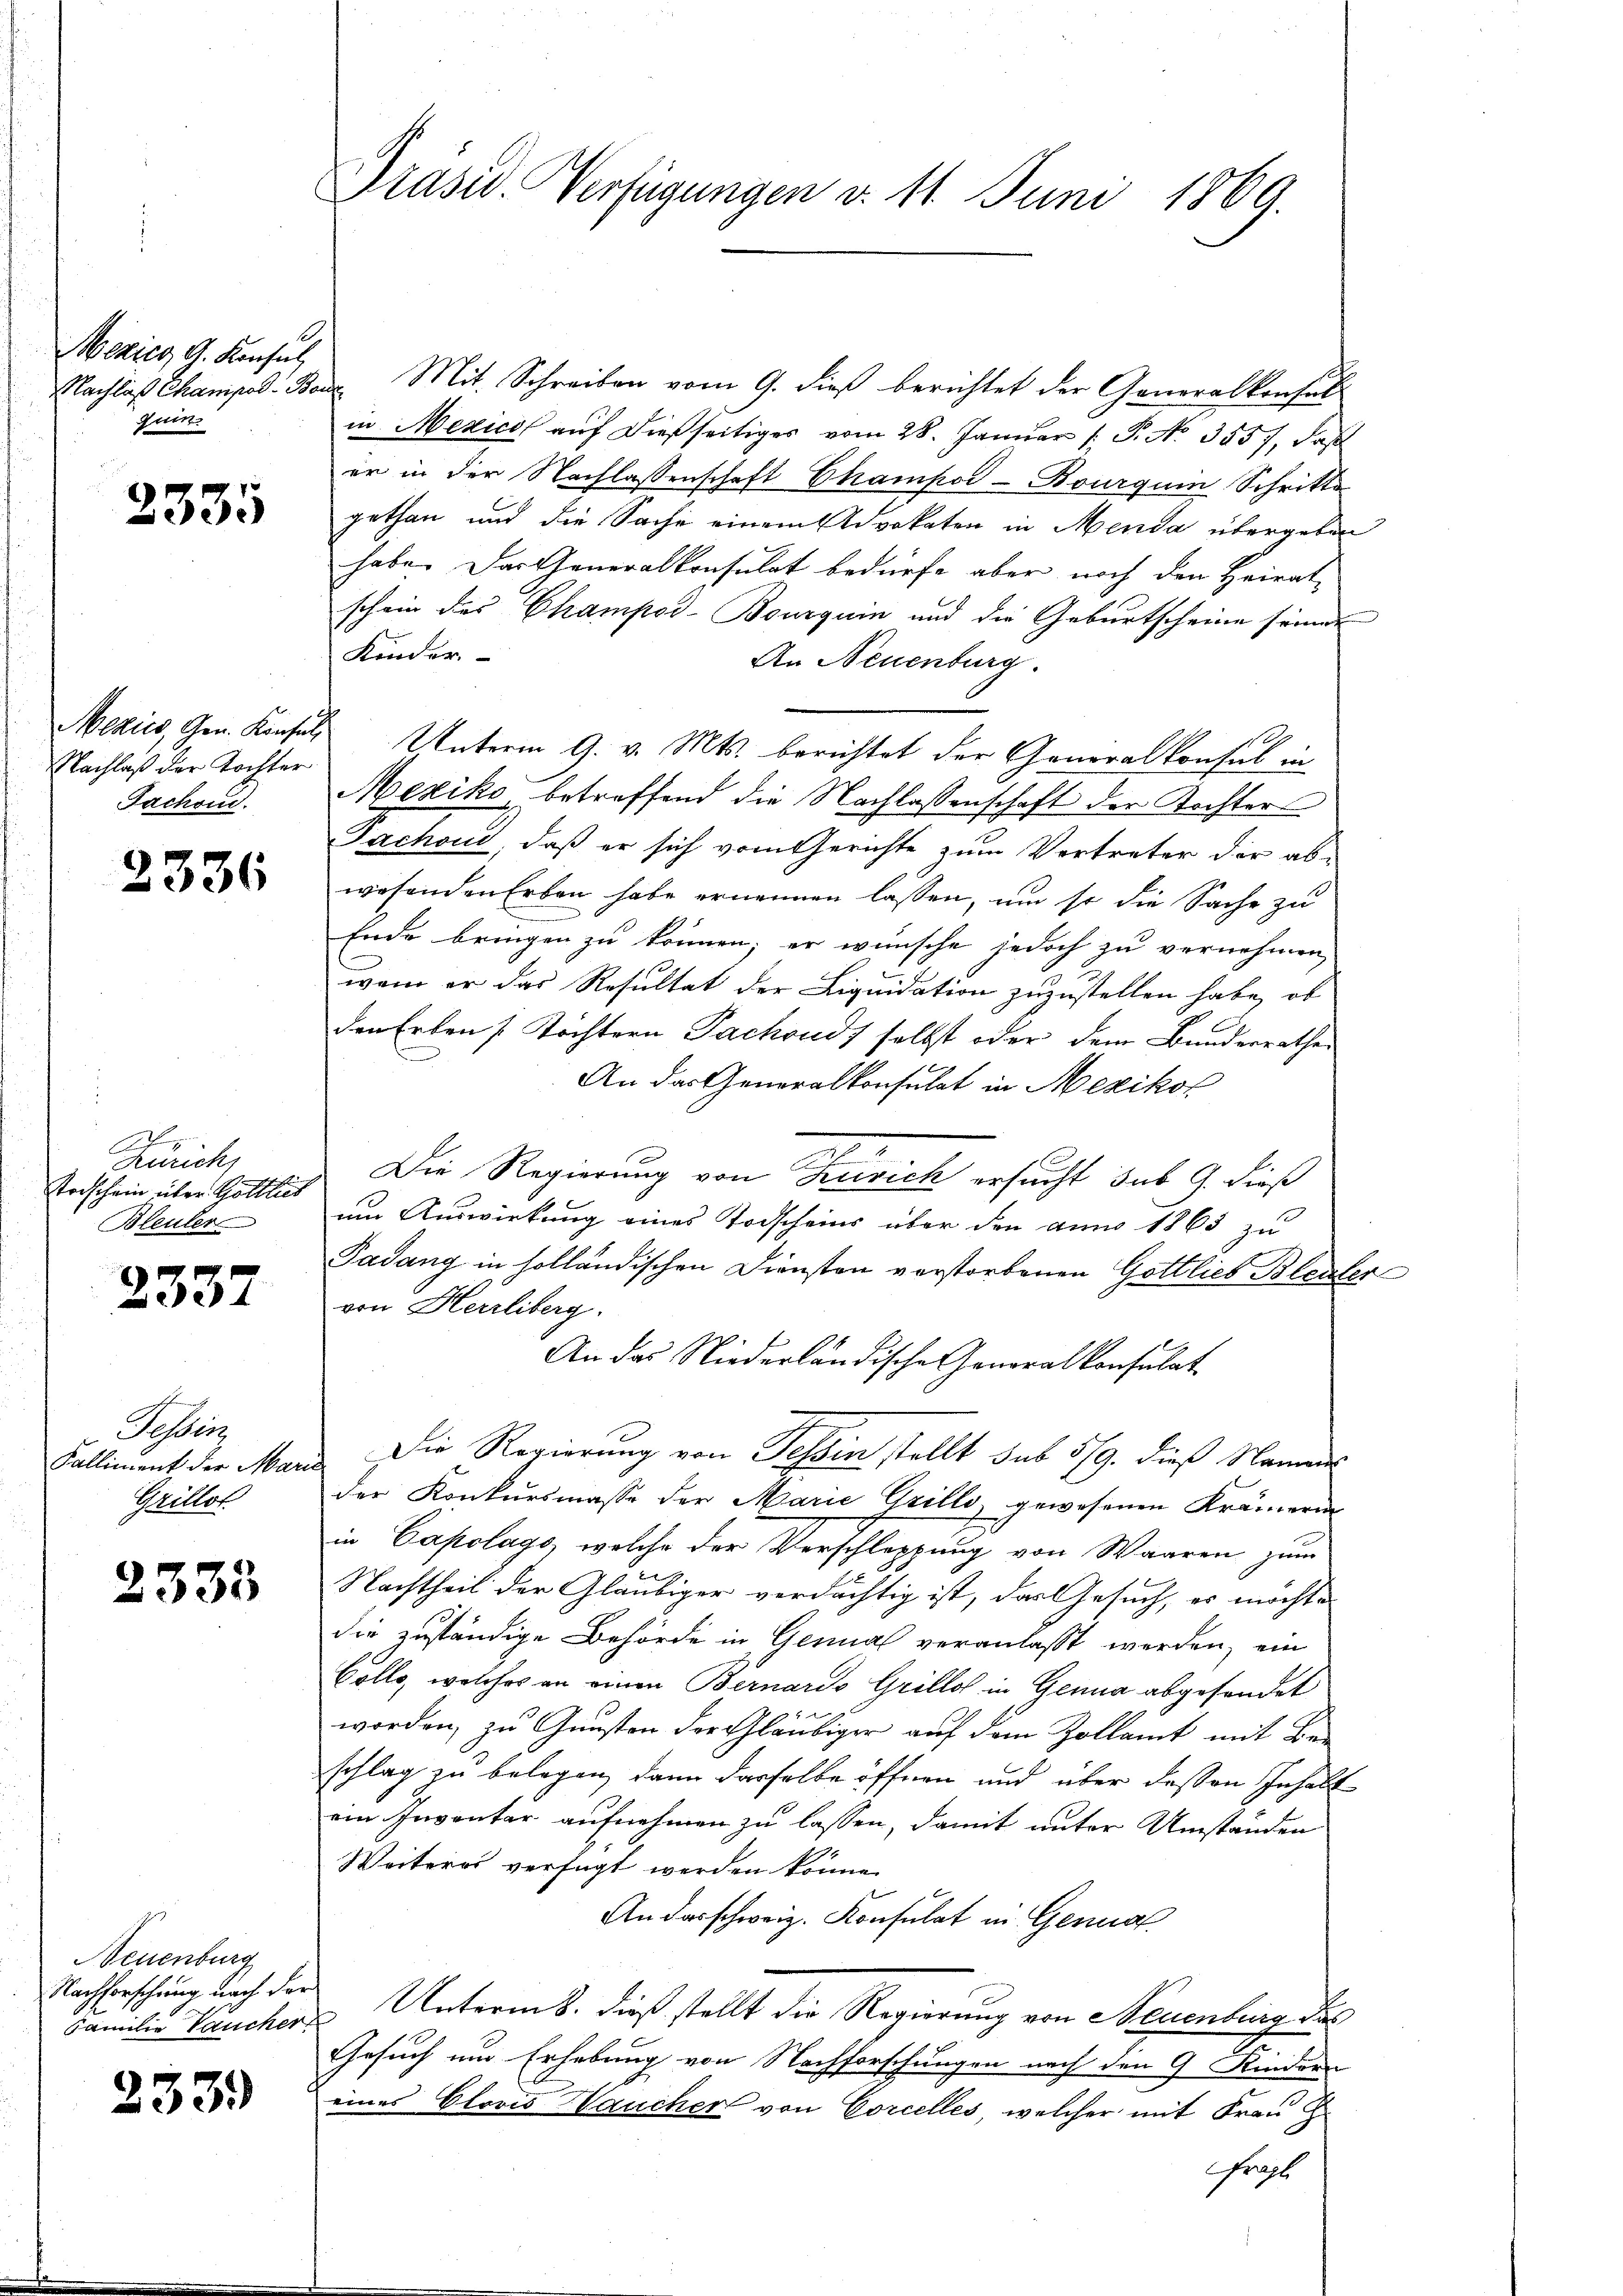
Mexico A. Konsul
quin

2335

Mekies, Gen. Konsul
Nachlaß der Tochter
Jachoud

2336

B
Zürich,
trischein über Gottlies
Bleuler

2337

Sohlen
Kalliment der Mar
Grillot

2333

Neuenburg
Nachforschung nach der
Familie Taucher

233.

Präsid. Verfügungen d. 11. Juni 1869.

Nachlaß Champad. Benz Mit Schreiben vom 9. dieß berichtet der Generalkonsuls
in Mexicof auf dießseitiges vom 28. Januar (: P. No. 3557, daß
er in der Nachlassenschaft Champod-Bourgum Schritte
gethan und die Sache einem Advokaten in Menda übergeben
habe. Das Generalkonsulat bedürfe aber noch den Heirat
schein des Champod-Bourquin und die Geburtscheine seiner
Kinder
An Neuenburg.
Unterm 9. v. Mts. berichtet der Generalkonsul in
Mexiko betreffend die Nachlassenschaft der Tochter
Fachound, daß er sich vom Gerichte zum Vertreter der ab-
wesenden Erben habe ernennen lassen, um so die Sache zu
Ende bringen zu können; er wünsche jedoch zu vernehmen,
wann er das Resultat der Liquidation zuzustellen habe, ob
den Erben Töchtern Fachouds selbst oder dem Bundesrathe
An das Generalkonsulat in Mexikor
Die Regierung von Thusich ersucht das G. dieß
um Auswirkung eines Todscheins über den anno 1863 zu
Padung in solländischen Diensten verstorbenen Gottlieb Bleuler
von Herrliberg.
An das Niederländische Generalkonsulat
Die Regierung von Tessin stellt sub 579. dieß Namens
der Konkursmasse der Marie Grillo, gewesenen Krämerin
in Capolags, welche der Verschleppung von Waaren zum
Nachtheil der Gläubiger verdächtig ist, das Gesuch, es möchte
die zuständige Behörde in Genual veranlasst werden, ein
Colle, welches an einen Bernardo Grillos in Genua abgesendet
worden, zu Gunsten der Gläubiger auf dem Zollamt mit Ber
schlag zu belegen, dann derselbe öffnen und über deßen Inhalt
ein Inventar aufnehmen zu lassen, damit unter Umständen
Weiteres verfügt werden könne.
Andarschweiz. Konsulat in Genua
 Unterm 8. dieß stellt die Regierung von Neuenburg das
Gesuch um Erhebung von Nachforschungen nach den 9 Kindern
eines Clavis Haucher von Corcelles, welcher mit Frau H
fragt